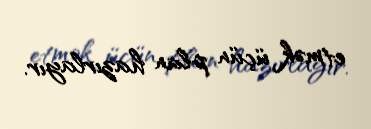
etmək üçün plan hazırlayır.